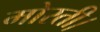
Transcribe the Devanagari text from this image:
मोरती।